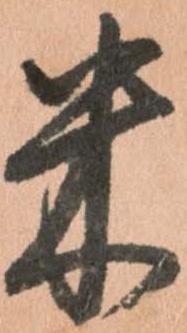
米